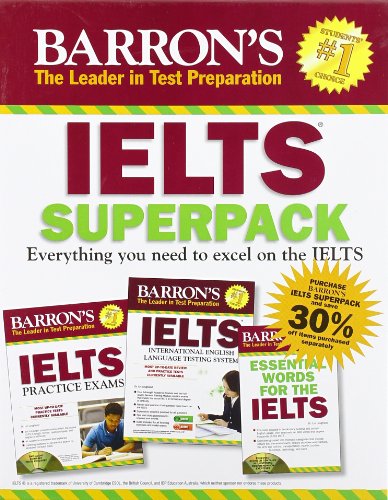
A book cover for Barron's IELTS (Books & CDs) 2nd Edition; Dr. Lin Lougheed; Test Preparation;